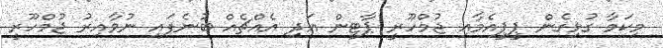
މިކަމާ ގުޅިގެން ޕީޕީއެމާއި ޖުމްހޫރީ ޕާޓީން އަދި އެއްޗެއް ބުނެފައި ނުވާއިރު ޖުމްހޫރީ